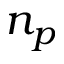
n _ { p }